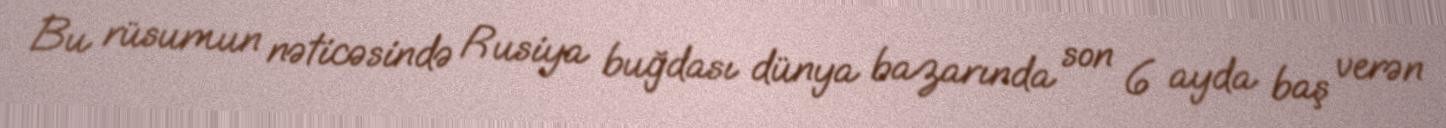
Bu rüsumun nəticəsində Rusiya buğdası dünya bazarında son 6 ayda baş verən